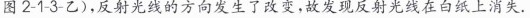
图2-1-3-乙)，反射光线的方向发生了改变，故发现反射光线在白纸上消失。